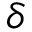
\delta